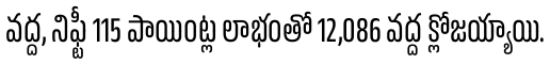
వద్ద, నిఫ్టీ 115 పాయింట్ల లాభంతో 12,086 వద్ద క్లోజయ్యాయి.